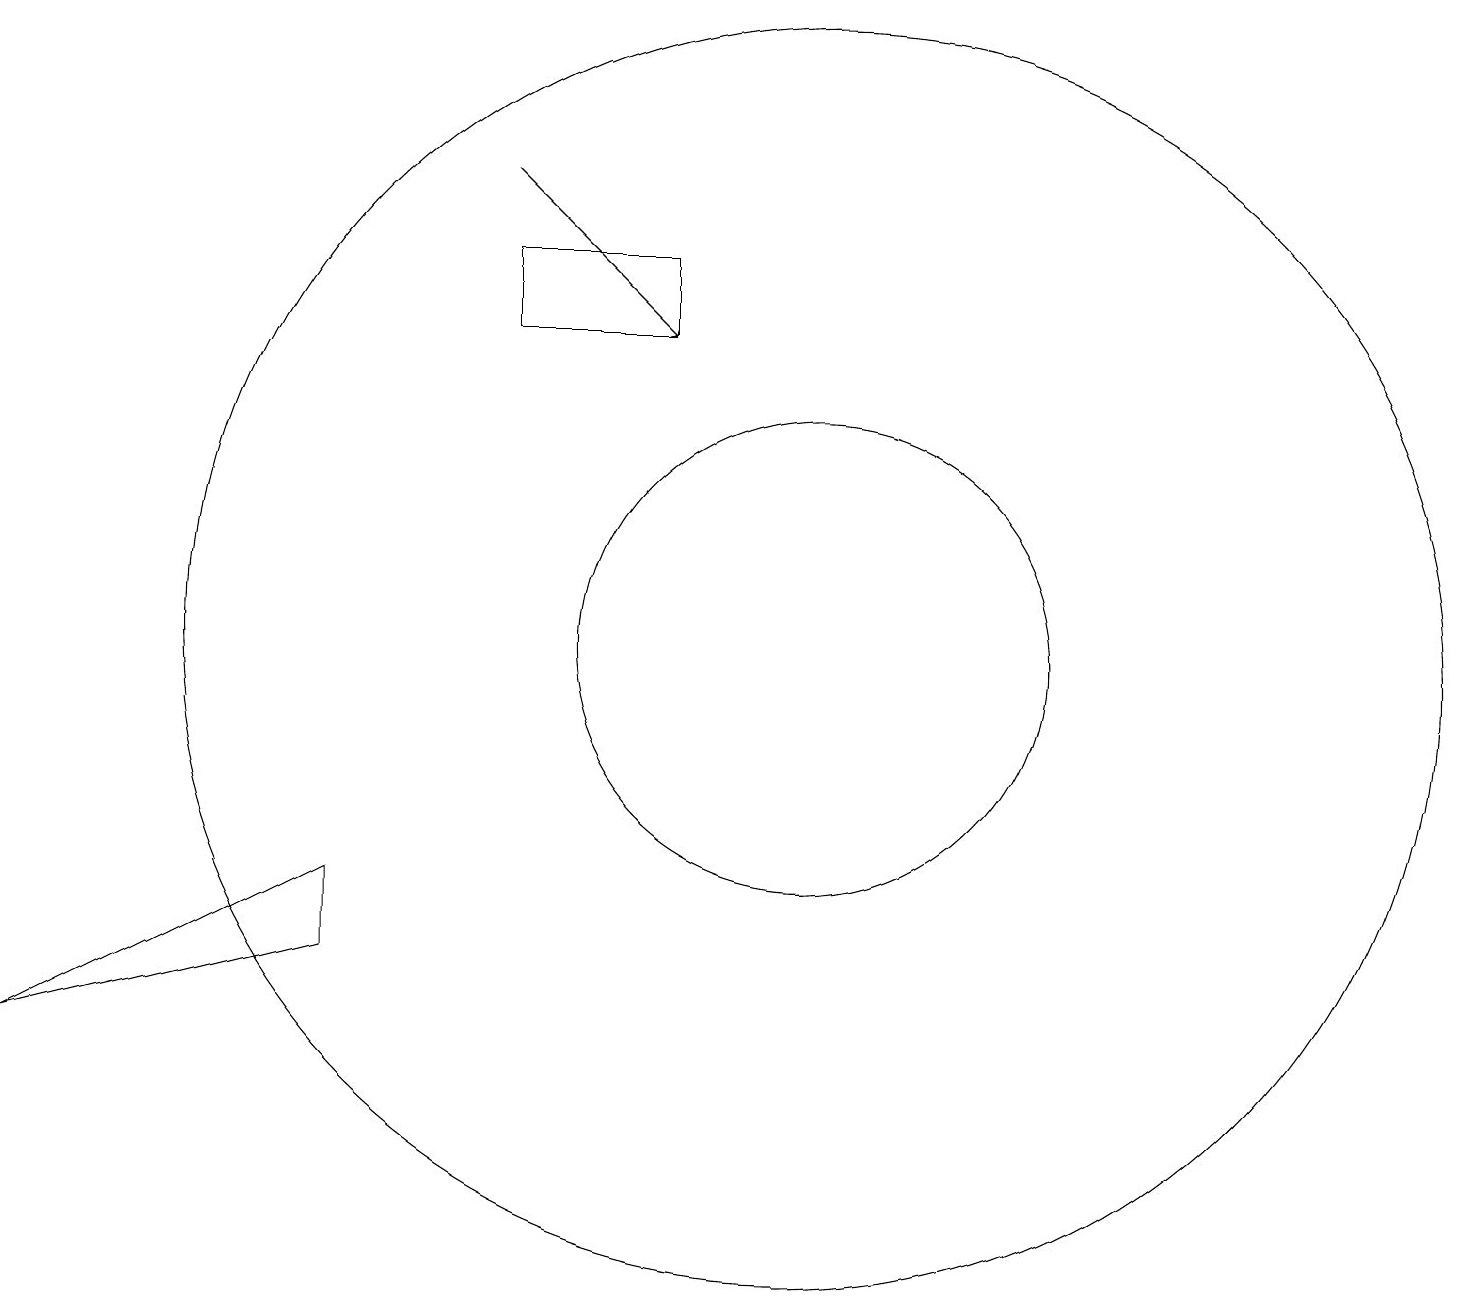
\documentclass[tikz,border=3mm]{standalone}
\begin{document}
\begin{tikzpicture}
\draw (10,12) circle (8);
\draw (10,12) circle (3);
\draw[->] (6,18) -- (8,16);
\draw (6,16) rectangle (8,17);
\draw (4,8) -- (0,7) -- (4,9) -- cycle;
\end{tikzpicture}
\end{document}